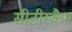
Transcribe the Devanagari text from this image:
सीटीस्कैन